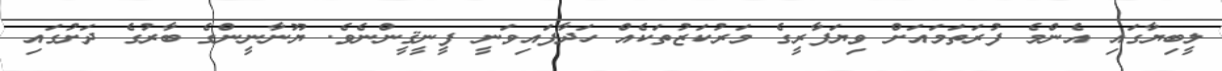
ލީބިޔާގައި އެންމެ ފުރަތަމައަށް ވިޔަފާރީގެ މަރުކަޒުތަކެއް ހަދާފައިވަނީ ފީނީޤީންނެވެ. ޔޫނާނީންގެ ބާރުގެ ދަށުގައި